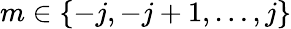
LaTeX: m\in\{ -j,-j+1,\dots,j\}